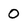
Character: 0